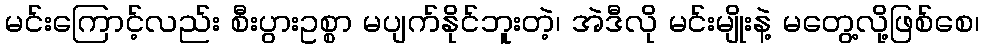
မင်းကြောင့်လည်း စီးပွားဥစ္စာ မပျက်နိုင်ဘူးတဲ့၊ အဲဒီလို မင်းမျိုးနဲ့ မတွေ့လို့ဖြစ်စေ၊